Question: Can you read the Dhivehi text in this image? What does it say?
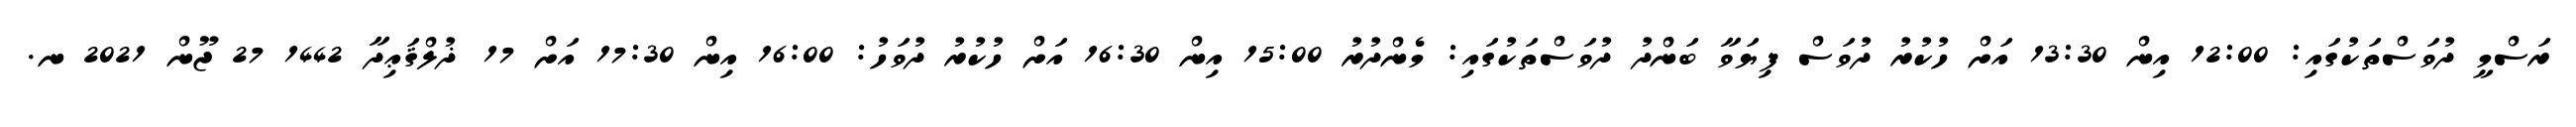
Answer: ރަސްމީ ދުވަސްތަކުގައި: 12:00 އިން 13:30 އަށް ހުކުރު ދުވަސް ފިޔަވާ ބަންދު ދުވަސްތަކުގައި: މެންދުރު 15:00 އިން 16:30 އަށް ހުކުރު ދުވަހު: 16:00 އިން 17:30 އަށް 17 ޛުލްޤަޢިދާ 1442 27 ޖޫން 2021 ނ.